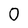
Character: 0